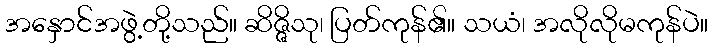
အနှောင်အဖွဲ့တို့သည်။ ဆိဇ္ဇိသု၊ ပြတ်ကုန်၏။ သယံ၊ အလိုလိုမကုန်ပဲ။